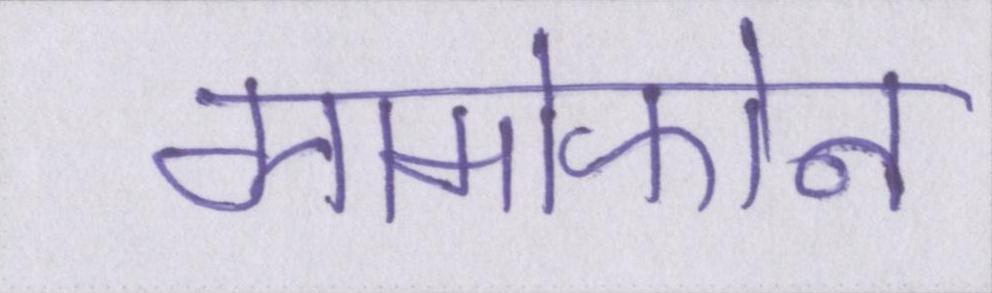
ग्रामोफोन